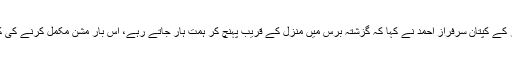
کوئٹہ گلیڈی ایٹرز کے کپتان سرفراز احمد نے کہا کہ گزشتہ برس میں منزل کے قریب پہنچ کر ہمت ہار جاتے رہے، اس بار مشن مکمل کرنے کی کوشش کریں گے۔